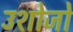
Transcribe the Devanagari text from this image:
उशोजो